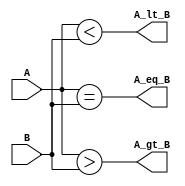
module mag_compare(
	output A_lt_B, A_eq_B,A_gt_B,
	input [3:0]A,B
	);
	
	assign A_lt_B=(A<B);
	assign A_gt_B=(A>B);
	assign A_eq_B=(A==B);
endmodule